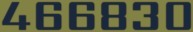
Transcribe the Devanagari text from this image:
४६६८३०